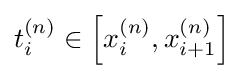
t_{i}^{(n)}\in \left[x_{i}^{(n)},x_{i+1}^{(n)}\right]